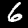
Digit: 6